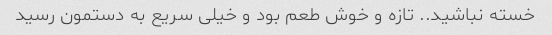
خسته نباشید.. تازه و خوش طعم بود و خیلى سریع به دستمون رسید